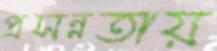
প্রসন্নতায়